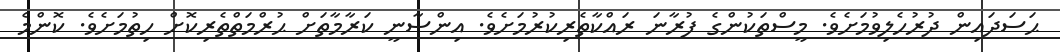
ޙަސަދައިން ދުރުހެލިވުމަށެވެ. މީސްތަކުންގެ ފުރާނަ ރައްކާތެރިކުރުމަށެވެ. އިންސާނީ ކަރާމާތަށް ޙުރްމަތްތެރިކޮށް ހިތުމަށެވެ. ކޮންމެ